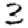
Digit: 3